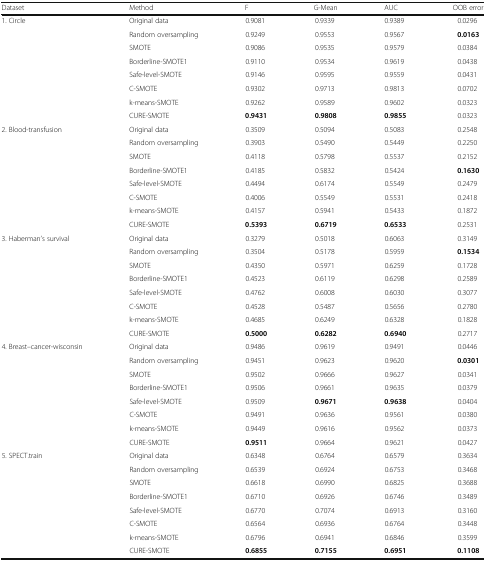
<table><thead><tr><td><b>Dataset</b></td><td><b>Method</b></td><td><b>F</b></td><td><b>G-Mean</b></td><td><b>AUC</b></td><td><b>OOB error</b></td></tr></thead><tbody><tr><td rowspan="8">1. Circle</td><td>Original data</td><td>0.9081</td><td>0.9339</td><td>0.9389</td><td>0.0296</td></tr><tr><td>Random oversampling</td><td>0.9249</td><td>0.9553</td><td>0.9567</td><td><b>0.0163</b></td></tr><tr><td>SMOTE</td><td>0.9086</td><td>0.9535</td><td>0.9579</td><td>0.0384</td></tr><tr><td>Borderline-SMOTE1</td><td>0.9110</td><td>0.9534</td><td>0.9619</td><td>0.0438</td></tr><tr><td>Safe-level-SMOTE</td><td>0.9146</td><td>0.9595</td><td>0.9559</td><td>0.0431</td></tr><tr><td>C-SMOTE</td><td>0.9302</td><td>0.9713</td><td>0.9813</td><td>0.0702</td></tr><tr><td>k-means-SMOTE</td><td>0.9262</td><td>0.9589</td><td>0.9602</td><td>0.0323</td></tr><tr><td>CURE-SMOTE</td><td><b>0.9431</b></td><td><b>0.9808</b></td><td><b>0.9855</b></td><td>0.0323</td></tr><tr><td rowspan="8">2. Blood-transfusion</td><td>Original data</td><td>0.3509</td><td>0.5094</td><td>0.5083</td><td>0.2548</td></tr><tr><td>Random oversampling</td><td>0.3903</td><td>0.5490</td><td>0.5449</td><td>0.2250</td></tr><tr><td>SMOTE</td><td>0.4118</td><td>0.5798</td><td>0.5537</td><td>0.2152</td></tr><tr><td>Borderline-SMOTE1</td><td>0.4185</td><td>0.5832</td><td>0.5424</td><td><b>0.1630</b></td></tr><tr><td>Safe-level-SMOTE</td><td>0.4494</td><td>0.6174</td><td>0.5549</td><td>0.2479</td></tr><tr><td>C-SMOTE</td><td>0.4006</td><td>0.5549</td><td>0.5531</td><td>0.2418</td></tr><tr><td>k-means-SMOTE</td><td>0.4157</td><td>0.5941</td><td>0.5433</td><td>0.1872</td></tr><tr><td>CURE-SMOTE</td><td><b>0.5393</b></td><td><b>0.6719</b></td><td><b>0.6533</b></td><td>0.2531</td></tr><tr><td rowspan="8">3. Haberman’s survival</td><td>Original data</td><td>0.3279</td><td>0.5018</td><td>0.6063</td><td>0.3149</td></tr><tr><td>Random oversampling</td><td>0.3504</td><td>0.5178</td><td>0.5959</td><td><b>0.1534</b></td></tr><tr><td>SMOTE</td><td>0.4350</td><td>0.5971</td><td>0.6259</td><td>0.1728</td></tr><tr><td>Borderline-SMOTE1</td><td>0.4523</td><td>0.6119</td><td>0.6298</td><td>0.2589</td></tr><tr><td>Safe-level-SMOTE</td><td>0.4762</td><td>0.6008</td><td>0.6030</td><td>0.3077</td></tr><tr><td>C-SMOTE</td><td>0.4528</td><td>0.5487</td><td>0.5656</td><td>0.2780</td></tr><tr><td>k-means-SMOTE</td><td>0.4685</td><td>0.6249</td><td>0.6328</td><td>0.1828</td></tr><tr><td>CURE-SMOTE</td><td><b>0.5000</b></td><td><b>0.6282</b></td><td><b>0.6940</b></td><td>0.2717</td></tr><tr><td rowspan="8">4. Breast–cancer-wisconsin</td><td>Original data</td><td>0.9486</td><td>0.9619</td><td>0.9491</td><td>0.0446</td></tr><tr><td>Random oversampling</td><td>0.9451</td><td>0.9623</td><td>0.9620</td><td><b>0.0301</b></td></tr><tr><td>SMOTE</td><td>0.9502</td><td>0.9666</td><td>0.9627</td><td>0.0341</td></tr><tr><td>Borderline-SMOTE1</td><td>0.9506</td><td>0.9661</td><td>0.9635</td><td>0.0379</td></tr><tr><td>Safe-level-SMOTE</td><td>0.9509</td><td><b>0.9671</b></td><td><b>0.9638</b></td><td>0.0404</td></tr><tr><td>C-SMOTE</td><td>0.9491</td><td>0.9636</td><td>0.9561</td><td>0.0380</td></tr><tr><td>k-means-SMOTE</td><td>0.9449</td><td>0.9616</td><td>0.9562</td><td>0.0373</td></tr><tr><td>CURE-SMOTE</td><td><b>0.9511</b></td><td>0.9664</td><td>0.9621</td><td>0.0427</td></tr><tr><td rowspan="8">5. SPECT.train</td><td>Original data</td><td>0.6348</td><td>0.6764</td><td>0.6579</td><td>0.3634</td></tr><tr><td>Random oversampling</td><td>0.6539</td><td>0.6924</td><td>0.6753</td><td>0.3468</td></tr><tr><td>SMOTE</td><td>0.6618</td><td>0.6990</td><td>0.6825</td><td>0.3688</td></tr><tr><td>Borderline-SMOTE1</td><td>0.6710</td><td>0.6926</td><td>0.6746</td><td>0.3489</td></tr><tr><td>Safe-level-SMOTE</td><td>0.6770</td><td>0.7074</td><td>0.6913</td><td>0.3160</td></tr><tr><td>C-SMOTE</td><td>0.6564</td><td>0.6936</td><td>0.6764</td><td>0.3448</td></tr><tr><td>k-means-SMOTE</td><td>0.6796</td><td>0.6941</td><td>0.6846</td><td>0.3599</td></tr><tr><td>CURE-SMOTE</td><td><b>0.6855</b></td><td><b>0.7155</b></td><td><b>0.6951</b></td><td><b>0.1108</b></td></tr></tbody></table>